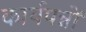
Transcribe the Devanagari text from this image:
कार्यपन्नों